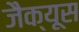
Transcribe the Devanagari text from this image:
जैक्यूस